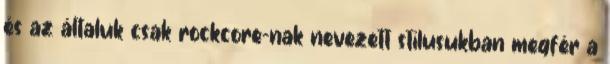
és az általuk csak rockcore-nak nevezett stílusukban megfér a